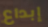
إبداع